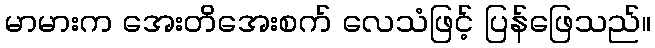
မာမားက အေးတိအေးစက် လေသံဖြင့် ပြန်ဖြေသည်။